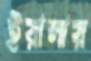
ইয়ালায়